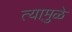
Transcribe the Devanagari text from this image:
त्यामु़ळे